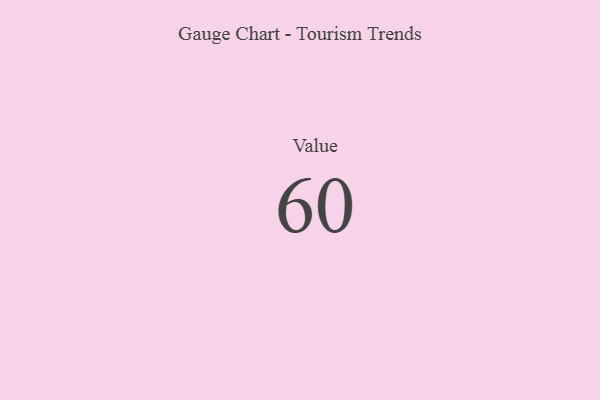
{"axis": {"x": "Metric", "y": "Value"}, "legend": [""], "data": [{"x": "Value", "y": 60, "type": ""}]}